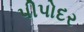
પીપોદર